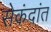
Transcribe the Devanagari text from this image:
सेकंदांत